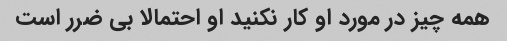
همه چیز در مورد او کار نکنید او احتمالا بی ضرر است